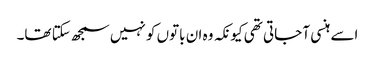
اسے ہنسی آ جاتی تھی کیونکہ وہ ان باتوں کو نہیں سمجھ سکتا تھا۔